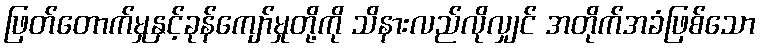
ဖြတ်တောက်မှုနှင့်ခုန်ကျော်မှုတို့ကို သိနားလည်လိုလျှင် အတိုက်အခံဖြစ်သော